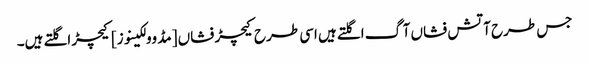
جس طرح آتش فشاں آگ اگلتے ہیں اسی طرح کیچڑ فشاں [مڈ وولکینوز] کیچڑ اگلتے ہیں۔